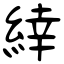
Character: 緈